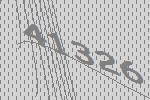
41326